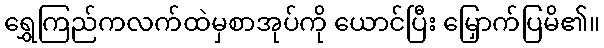
ရွှေကြည်ကလက်ထဲမှစာအုပ်ကို ယောင်ပြီး မြှောက်ပြမိ၏။